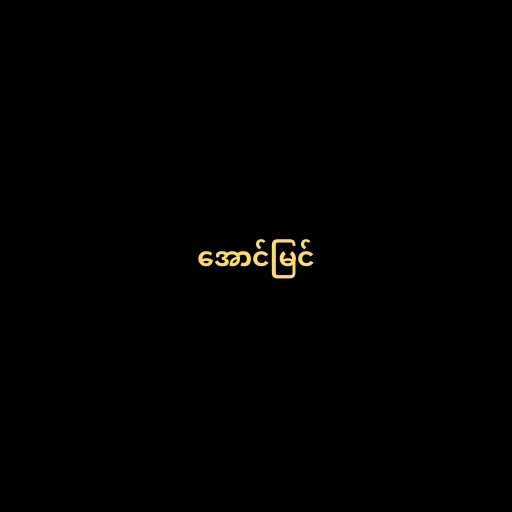
အောင်မြင်